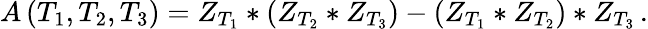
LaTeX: A\, (T_{1},T_{2},T_{3})=Z_{T_{1}}*(Z_{T_{2}}*Z_{T_{3}})-(Z_{T_{1}}*Z_{T_{2}})*Z_{T_{3}}\, .